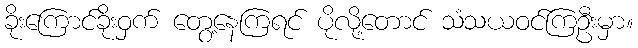
ခိုးကြောင်ခိုးဝှက် တွေ့နေကြရင် ပိုလို့တောင် သံသယဝင်ကြဦးမှာ။